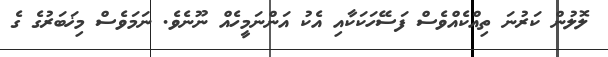
ލޮލުން ކަރުނަ ތިއްކެއްވެސް ފަސޭހަކަކާއި އެކު އަންނަމީހެއް ނޫނެވެ. ނަމަވެސް މިޚަބަރުގެ ގެ